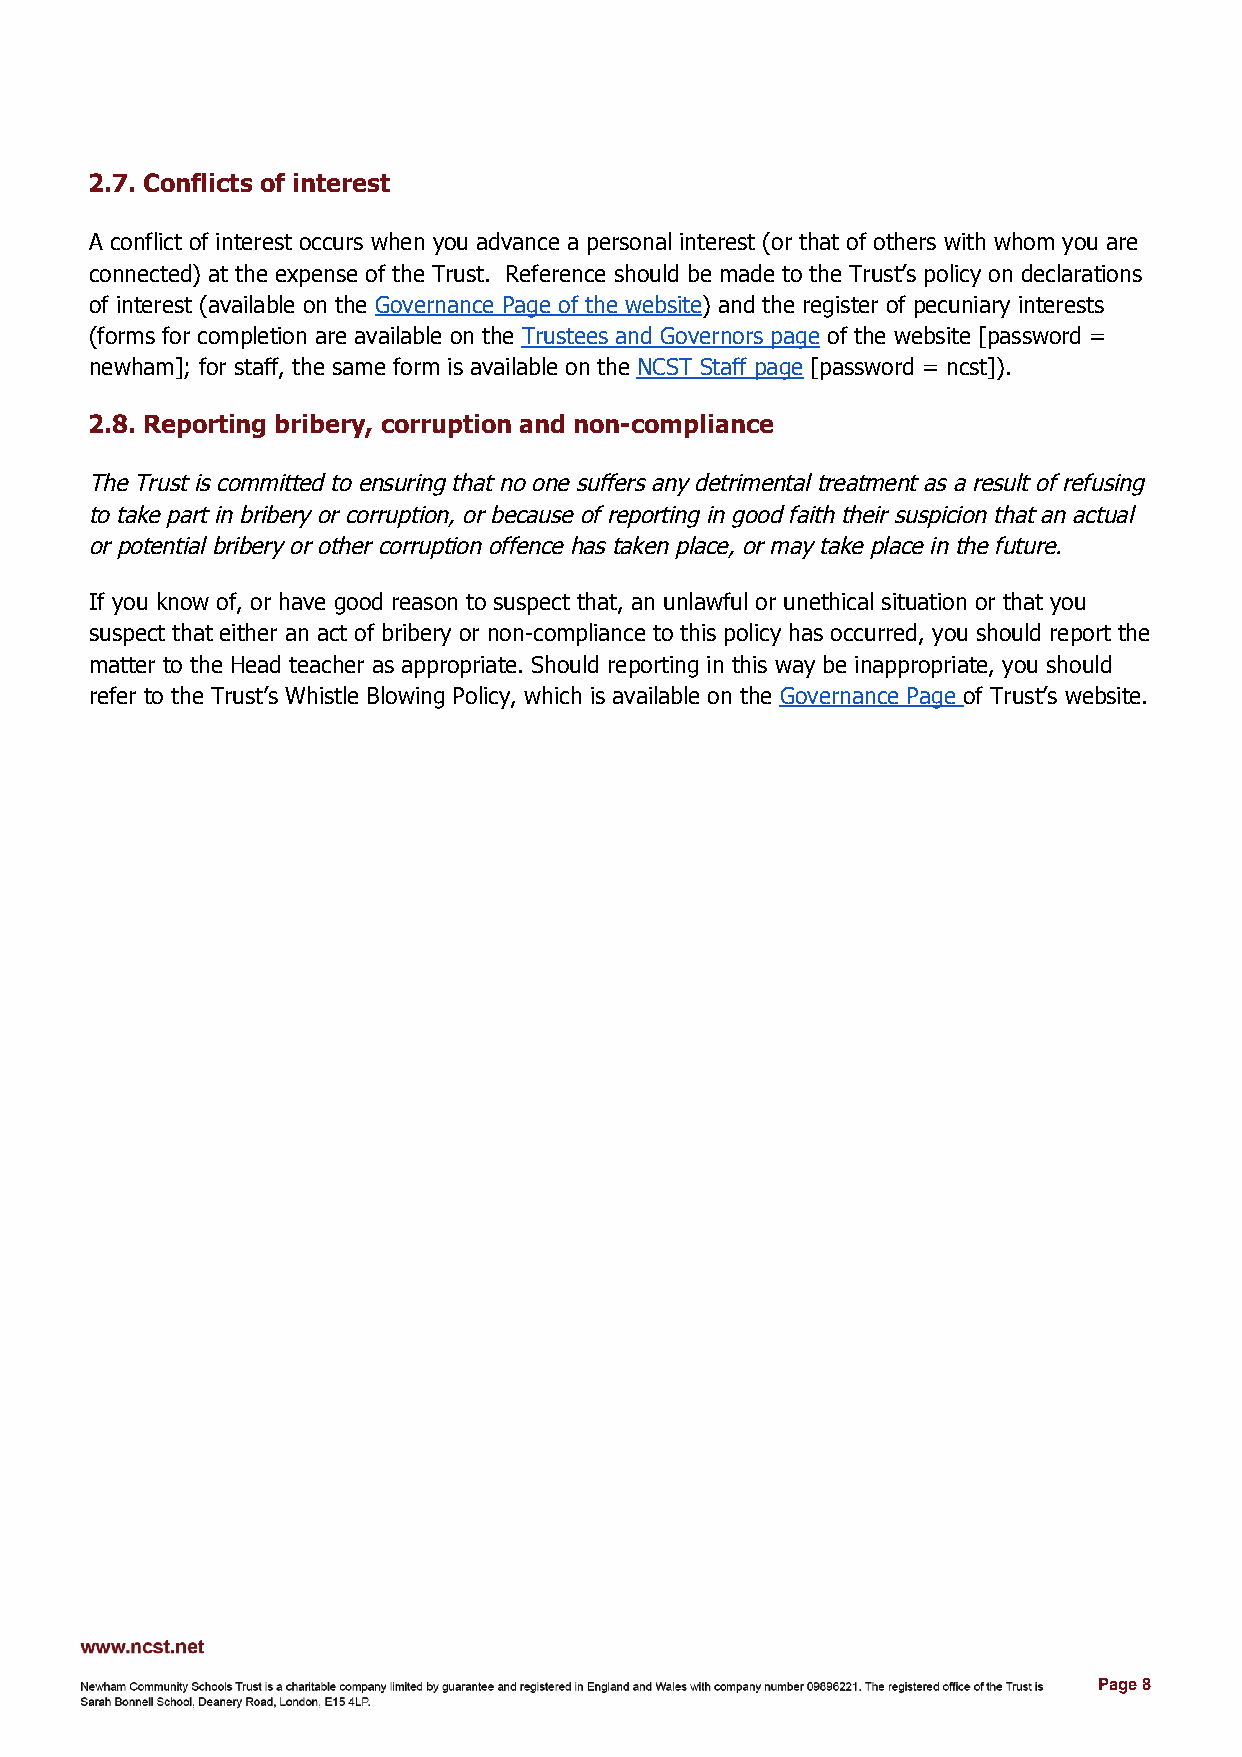
​2.7.​ Conflicts of interest
 A conflict of interest occurs when you advance a personal interest (or that of others with whom you are
 connected) at the expense of the Trust. ​ R​ eference should be made to the Trust’s policy on declarations
 of interest (available on the G​ overnance Page of the website​) and the register of pecuniary interests
 (forms for completion are available on the T​ rustees and Governors page​ of the website [password =
 newham]; for staff, the same form is available on the N​ CST Staff page​ [password = ncst]).
 ​2.8.​ Reporting bribery, corruption and non-compliance
 The Trust is committed to ensuring that no one suffers any detrimental treatment as a result of refusing
 to take part in bribery or corruption, or because of reporting in good faith their suspicion that an actual
 or potential bribery or other corruption offence has taken place, or may take place in the future.
 If you know of, or have good reason to suspect that, an unlawful or unethical situation or that you
 suspect that either an act of bribery or non-compliance to this policy has occurred, you should report the
 matter to the Head teacher as appropriate. Should reporting in this way be inappropriate, you should
 refer to the Trust’s Whistle Blowing Policy, which is available on the G​ overnance Page ​of Trust’s website.
 Page 8